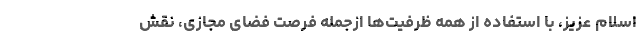
اسلامِ عزیز، با استفاده از همه ظرفیت‌ها ازجمله فرصتِ فضای مجازی، نقش